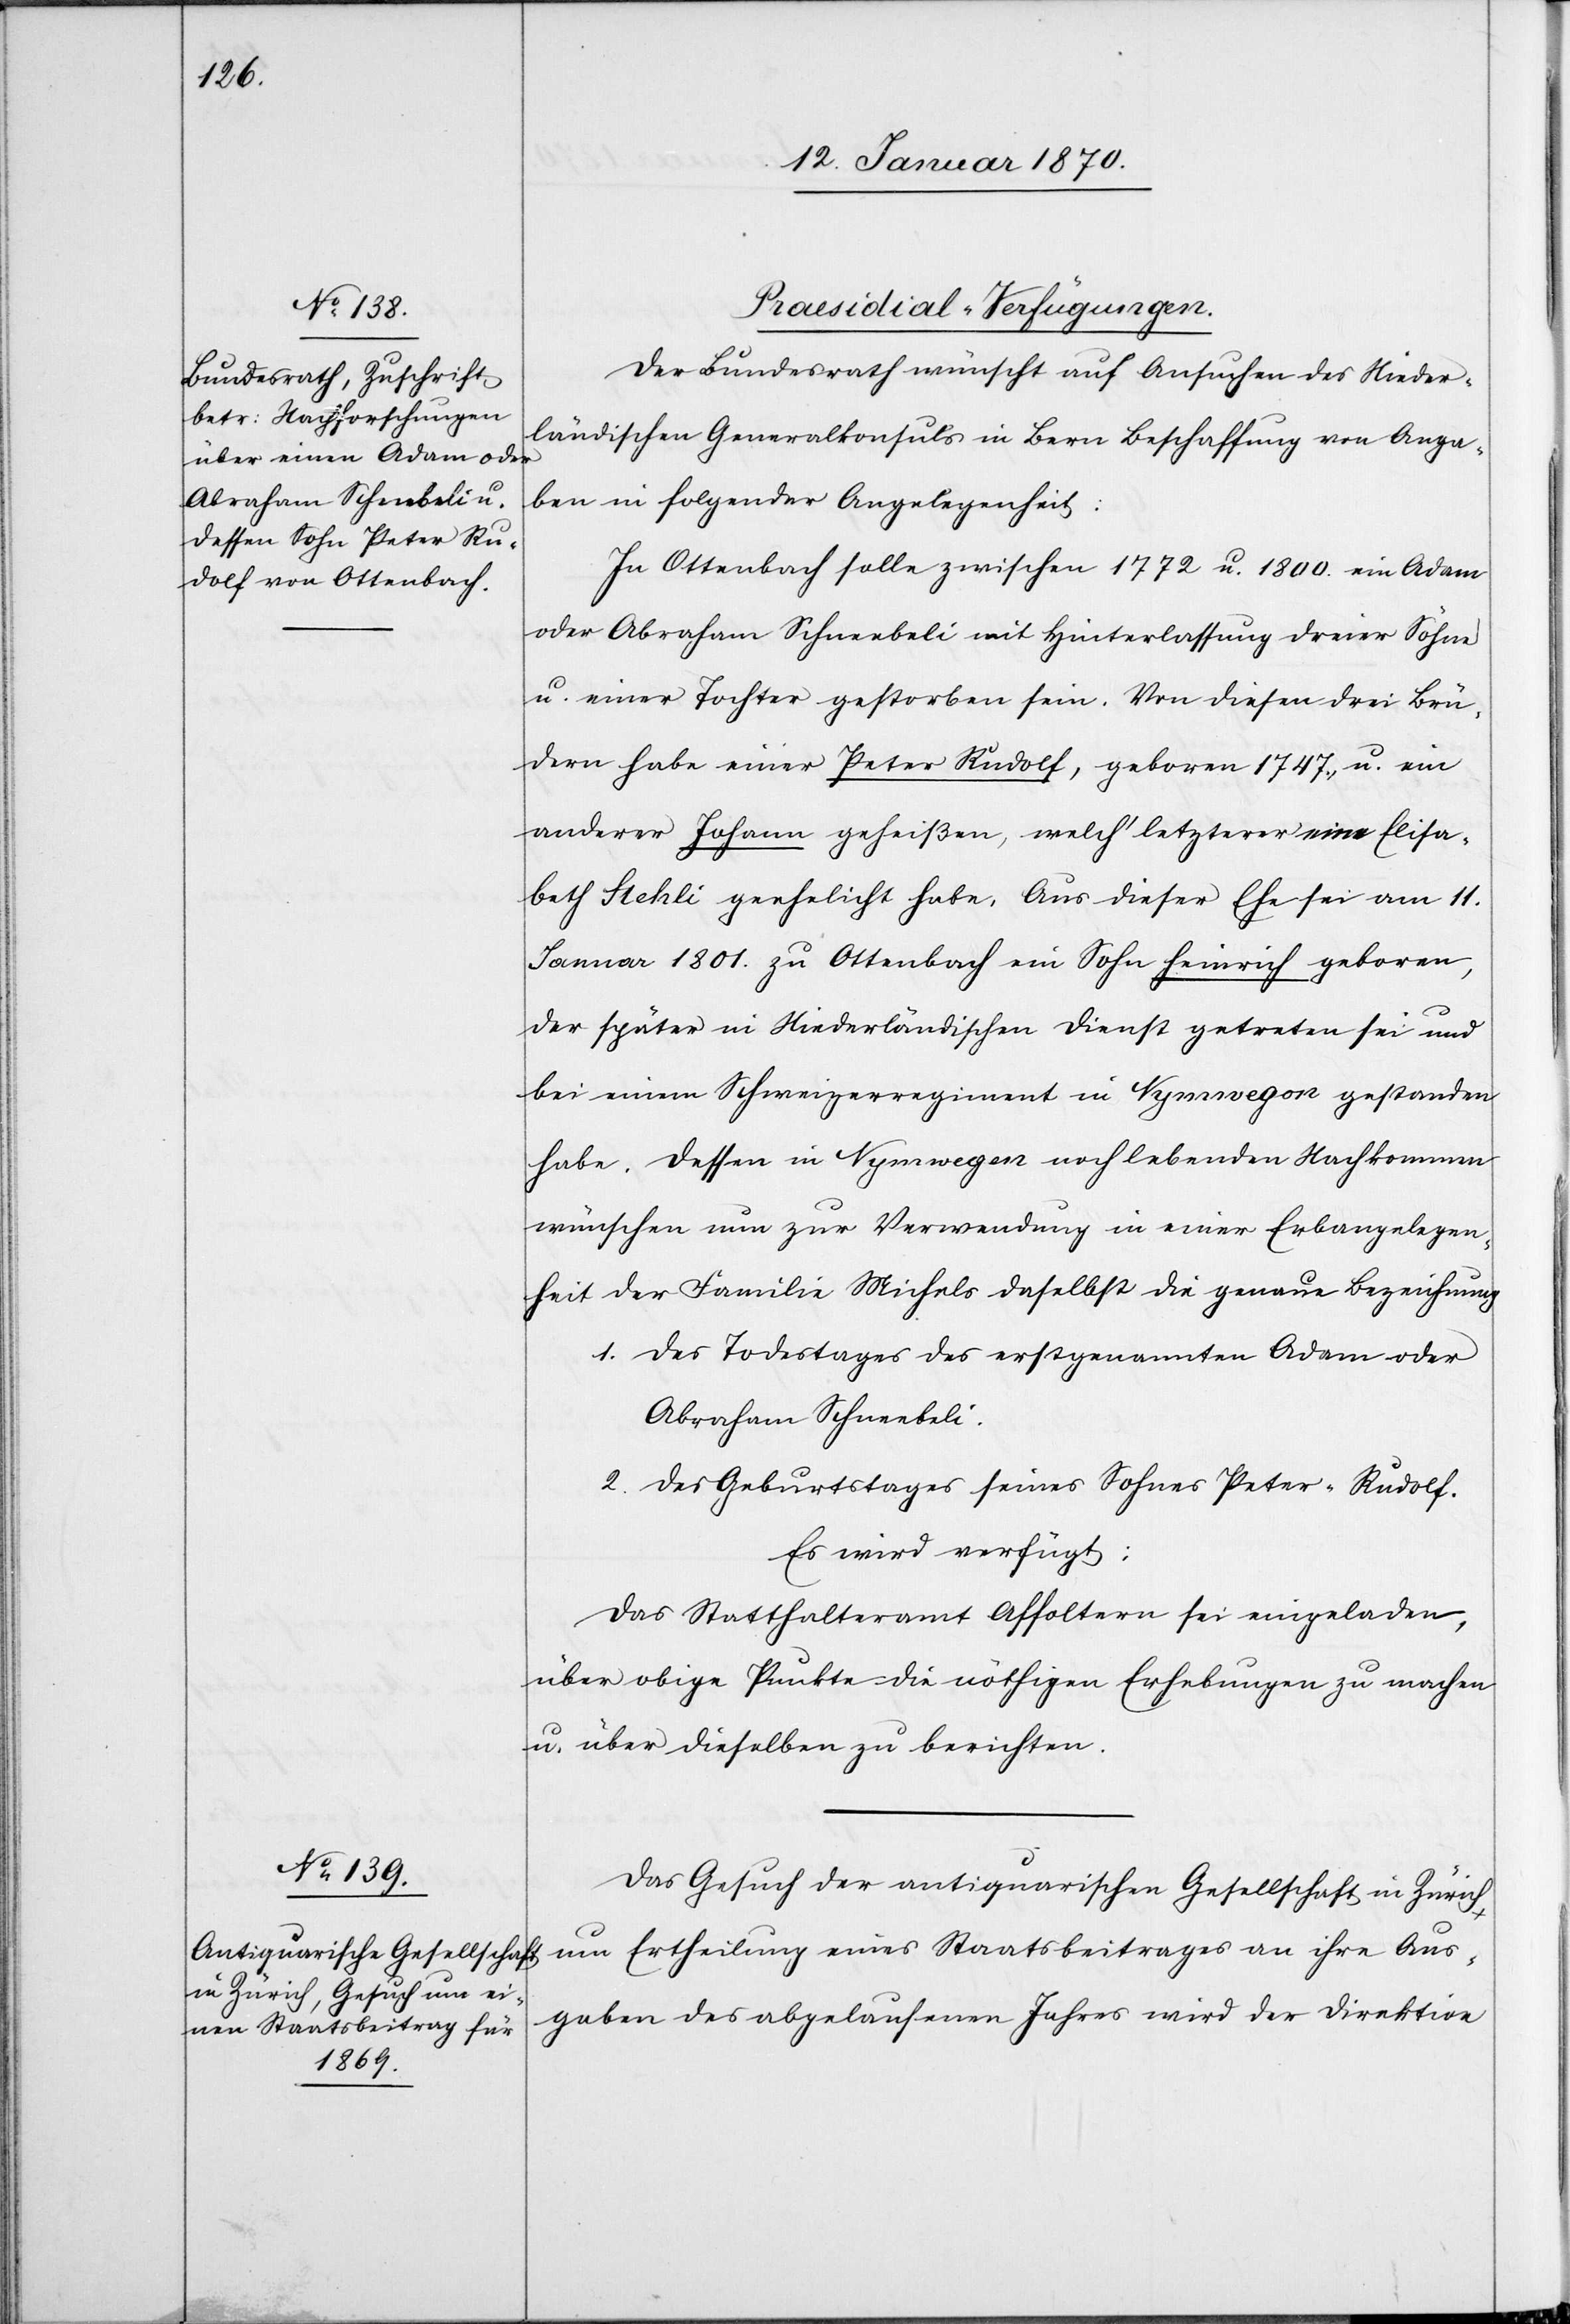
[Praesidial-Verfügungen.]
Der Bundesrath wünscht auf Ansuchen des Nieder¬
ländischen Generalkonsuls in Bern Beschaffung von Anga¬
ben in folgender Angelegenheit:
In Ottenbach solle zwischen 1772 u. 1800. ein Adam
oder Abraham Schneebeli mit Hinterlassung dreier Söhne
u. einer Tochter gestorben sein. Von diesen drei Brü¬
dern habe einer Peter Rudolf, geboren 1747., u. ein
anderer Johann geheißen, welch’ letzterer eine Elisa¬
beth Stehli geehelicht habe. Aus dieser Ehe sei am 11.
Januar 1801. zu Ottenbach ein Sohn Heinrich geboren,
der später in Niederländischen Dienst getreten sei und
bei einem Schweizerregiment in Nymwegon [sic!] gestanden
habe. Dessen in Nymwegen noch lebenden Nachkommen
wünschen nun zur Verwendung in einer Erbangelegen¬
heit der Familie Michels daselbst die genaue Bezeichnung
1. des Todestages des erstgenannten Adam oder
Abraham Schneebeli
2. des Geburtstages seines Sohnes Peter-Rudolf.
Es wird verfügt:
Das Statthalteramt Affoltern sei eingeladen,
über obige Punkte die nöthigen Erhebungen zu machen
u. über dieselben zu berichten.
Das Gesuch der antiquarischen Gesellschaft in Zürich
um Ertheilung eines Staatsbeitrages an ihre Aus¬
gaben des abgelaufenen Jahres wird der Direktion